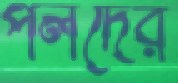
পলদের